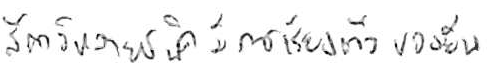
สัตว์หลายชนิดมีการเรียงตัวของยีน